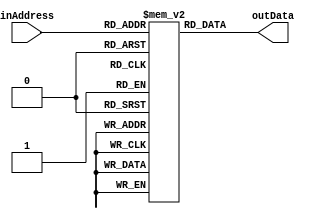
//////////////////////////////////////////////////////////////////////////////////
// 
// Module Name:    	Program Memory 
// Project Name:		Project 1 - Part 1
//
//////////////////////////////////////////////////////////////////////////////////
module ProgramMemory #(parameter IN_BUS_WIDTH = 8, parameter OUT_BUS_WIDTH = 17)
							(
								inAddress, 
								outData
							);
							
							input wire [IN_BUS_WIDTH - 1:0] inAddress;
							
							output reg [OUT_BUS_WIDTH - 1:0] outData; 
							
							reg [OUT_BUS_WIDTH - 1:0] pMemory [0:255];
							
							integer i;
							initial begin
								for(i = 0; i < 256; i = i+1) begin
									pMemory[i] <= 17'b0000_0000_0000_00000;
								end

								pMemory[0] <= 17'b10001_001_000_011110; // add $R1, $R0, 30
                                pMemory[1] <= 17'b0000_0000_0000_00000; // exit
							end
							
							always @(*) begin
								outData <= pMemory[inAddress];
							end

endmodule